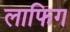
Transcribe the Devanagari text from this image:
लाफिग